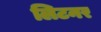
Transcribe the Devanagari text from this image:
लिटनर